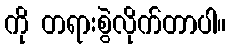
ကို တရားစွဲလိုက်တာပါ။